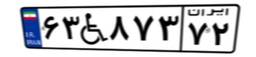
۰۷W۳۶۸۵۳